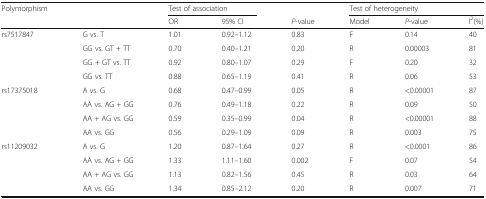
<table><thead><tr><td><b>Polymorphism</b></td><td></td><td colspan="2"><b>Test of association</b></td><td></td><td colspan="3"><b>Test of heterogeneity</b></td></tr><tr><td></td><td></td><td><b>OR</b></td><td><b>95% CI</b></td><td><b><i>P</i>-value</b></td><td><b>Model</b></td><td><b><i>P</i>-value</b></td><td><b>I<sup>2</sup>(%)</b></td></tr></thead><tbody><tr><td rowspan="4">rs7517847</td><td>G vs. T</td><td>1.01</td><td>0.92–1.12</td><td>0.83</td><td>F</td><td>0.14</td><td>40</td></tr><tr><td>GG vs. GT + TT</td><td>0.70</td><td>0.40–1.21</td><td>0.20</td><td>R</td><td>0.00003</td><td>81</td></tr><tr><td>GG + GT vs. TT</td><td>0.92</td><td>0.80–1.07</td><td>0.29</td><td>F</td><td>0.20</td><td>32</td></tr><tr><td>GG vs. TT</td><td>0.88</td><td>0.65–1.19</td><td>0.41</td><td>R</td><td>0.06</td><td>53</td></tr><tr><td rowspan="4">rs17375018</td><td>A vs. G</td><td>0.68</td><td>0.47–0.99</td><td>0.05</td><td>R</td><td>&lt;0.00001</td><td>87</td></tr><tr><td>AA vs. AG + GG</td><td>0.76</td><td>0.49–1.18</td><td>0.22</td><td>R</td><td>0.09</td><td>50</td></tr><tr><td>AA + AG vs. GG</td><td>0.59</td><td>0.35–0.99</td><td>0.04</td><td>R</td><td>&lt;0.00001</td><td>88</td></tr><tr><td>AA vs. GG</td><td>0.56</td><td>0.29–1.09</td><td>0.09</td><td>R</td><td>0.003</td><td>75</td></tr><tr><td rowspan="4">rs11209032</td><td>A vs. G</td><td>1.20</td><td>0.87–1.64</td><td>0.27</td><td>R</td><td>&lt;0.0001</td><td>86</td></tr><tr><td>AA vs. AG + GG</td><td>1.33</td><td>1.11–1.60</td><td>0.002</td><td>F</td><td>0.07</td><td>54</td></tr><tr><td>AA + AG vs. GG</td><td>1.13</td><td>0.82–1.56</td><td>0.45</td><td>R</td><td>0.03</td><td>64</td></tr><tr><td>AA vs. GG</td><td>1.34</td><td>0.85–2.12</td><td>0.20</td><td>R</td><td>0.007</td><td>71</td></tr></tbody></table>